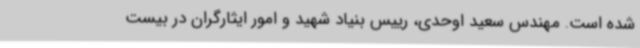
شده است. مهندس سعید اوحدی، رییس بنیاد شهید و امور ایثارگران در بیست